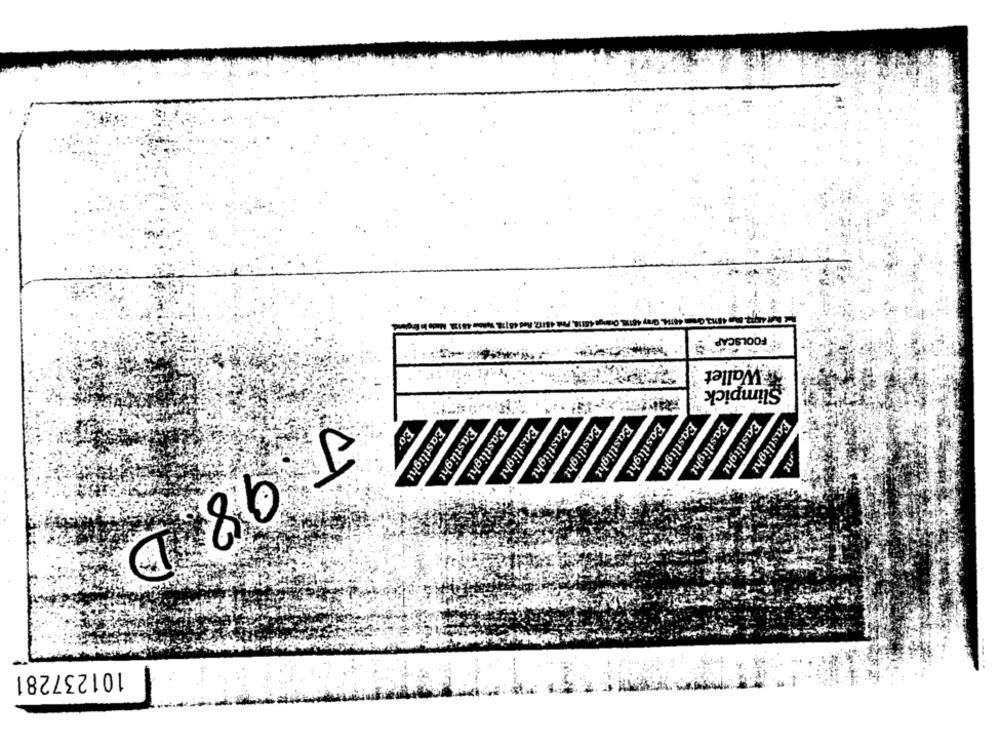
FOOLSCAP
Wallet
Slimpick
J
Eo
Eastlight
Eastlight
Eastlight
Eastlight
Eastlight
Eastlight
Eastlight
Eastlight
Eastlight
ont
Eastlight
Eastlight
Eastlight
98
D
101237281